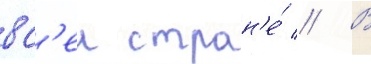
вс'еи стран'е́ // В